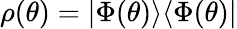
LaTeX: \rho(\theta)=|\Phi(\theta)\rangle\langle\Phi(\theta)|